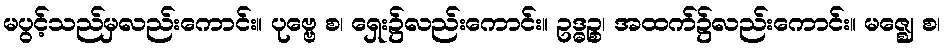
မပွင့်သည်မှလည်းကောင်း။ ပုဗ္ဗေ စ၊ ရှေး၌လည်းကောင်း။ ဥဒ္ဓဉ္စ၊ အထက်၌လည်းကောင်း။ မဇ္ဈေ စ၊